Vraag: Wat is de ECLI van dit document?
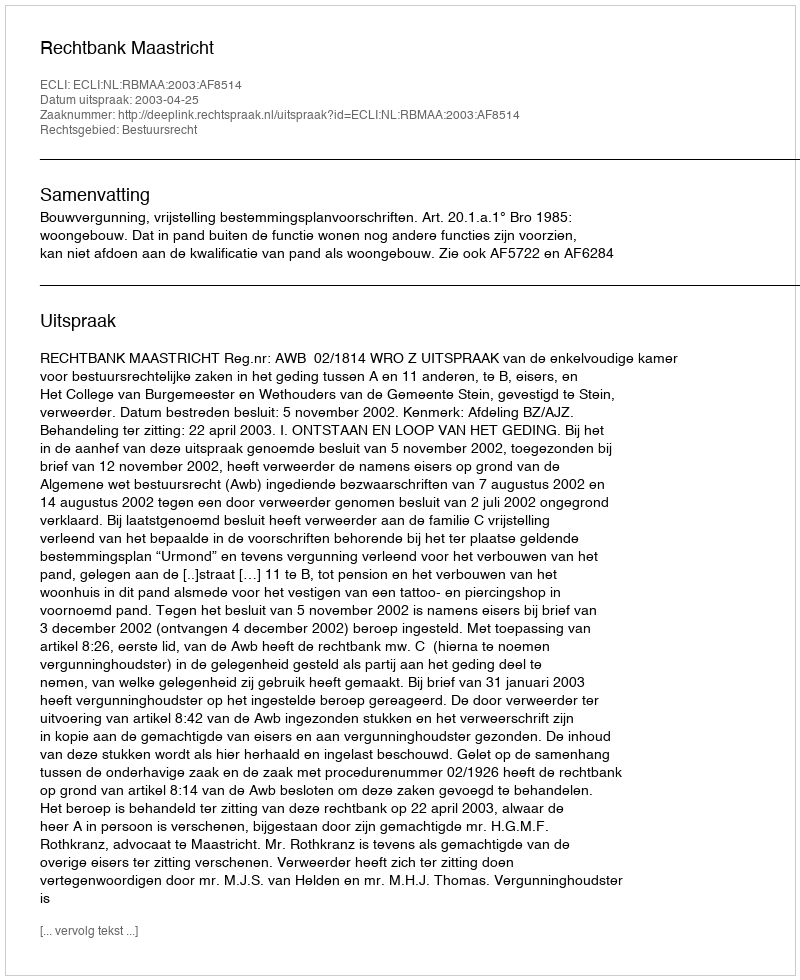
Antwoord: ECLI:NL:RBMAA:2003:AF8514